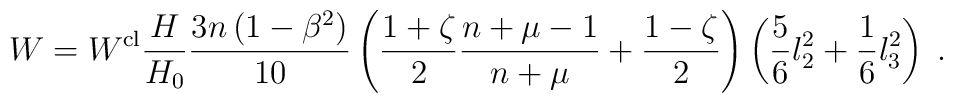
W=W^{{\rm cl}}\frac{H}{H_{0}}\frac{3n\left( 1-\beta ^{2}\right) }{10}\left( \frac{1+\zeta }{2}\frac{n+\mu -1}{n+\mu }+\frac{1-\zeta }{2}\right) \left( \frac{5}{6}l_{2}^{2}+\frac{1}{6}l_{3}^{2}\right) \;.